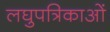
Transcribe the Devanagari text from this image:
लघुपत्रिकाओं